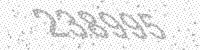
Solution: 238995